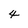
Character: 4